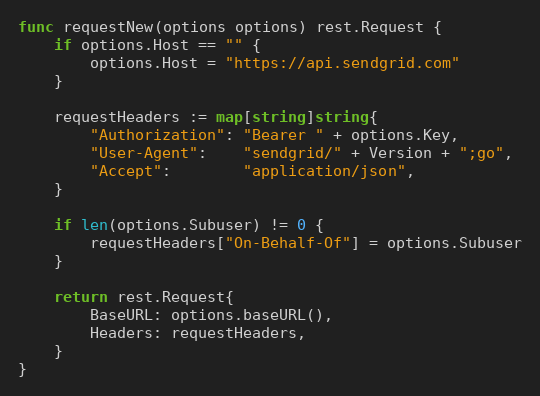
Language: Go
func requestNew(options options) rest.Request {
	if options.Host == "" {
		options.Host = "https://api.sendgrid.com"
	}

	requestHeaders := map[string]string{
		"Authorization": "Bearer " + options.Key,
		"User-Agent":    "sendgrid/" + Version + ";go",
		"Accept":        "application/json",
	}

	if len(options.Subuser) != 0 {
		requestHeaders["On-Behalf-Of"] = options.Subuser
	}

	return rest.Request{
		BaseURL: options.baseURL(),
		Headers: requestHeaders,
	}
}